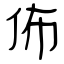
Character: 佈